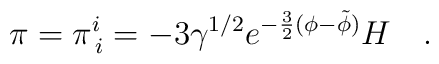
\pi=\pi^{i}_{\,i}=-3\gamma^{1/2}e^{-\frac{3}{2}(\phi-\tilde{\phi})}H ~~~.